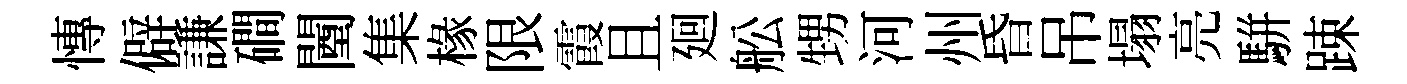
慱僻謙磵闉集椽限霞且廻舩甥河州昏吊塌亮駢踈